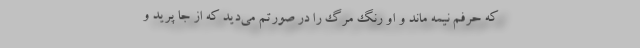
که حرفم نیمه ماند و او رنگ مرگ را در صورتم می‌دید که از جا پرید و